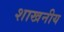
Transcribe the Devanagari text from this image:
शाखनीय